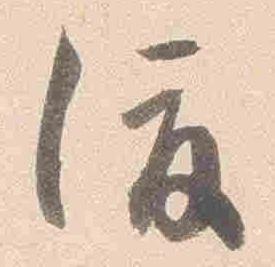
渡